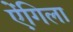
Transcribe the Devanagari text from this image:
ऐंगिला